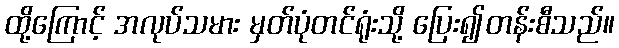
ထို့ကြောင့် အလုပ်သမား မှတ်ပုံတင်ရုံးသို့ ပြေး၍တန်းစီသည်။